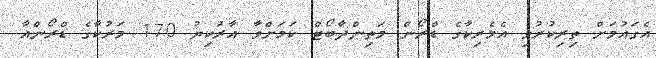
އެގައުމަށް ތިރިކުރުވި އެމެރިކާގެ ޑްރޯން މަތިންދާބޯޓް ކަމަށްވާ އާރުކިޔު 170 މަރުކާގެ ޑްރޯންއާ